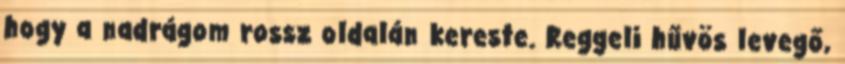
hogy a nadrágom rossz oldalán kereste. Reggeli hűvös levegő,